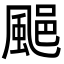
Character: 𩗥